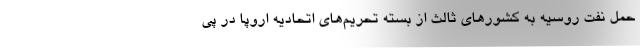
حمل نفت روسیه به کشورهای ثالث از بسته تحریم‌های اتحادیه اروپا در پی